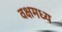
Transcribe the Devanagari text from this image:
वक्षमध्य